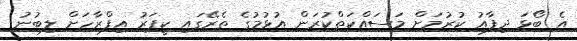
އެ ބޯޅަ ދިފާއު ކުރުމަށް މަސައްކަތްކުރަން އުޅުމުގެ ތެރޭގައި ކީޕަރު އިފްރާހަށް ލިބުނު